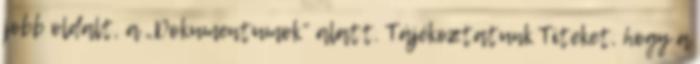
jobb oldalt, a „Dokumentumok” alatt. Tájékoztatunk Titeket, hogy a